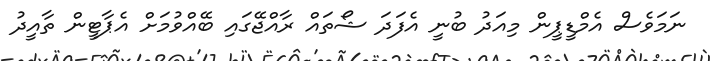
ނަމަވެސް އެމްޑީޕީން މިއަދު ބުނީ އެފަދަ ޝޯތައް ރާއްޖޭގައި ބޭއްވުމަށް އެޕާޓީން ތާއީދު